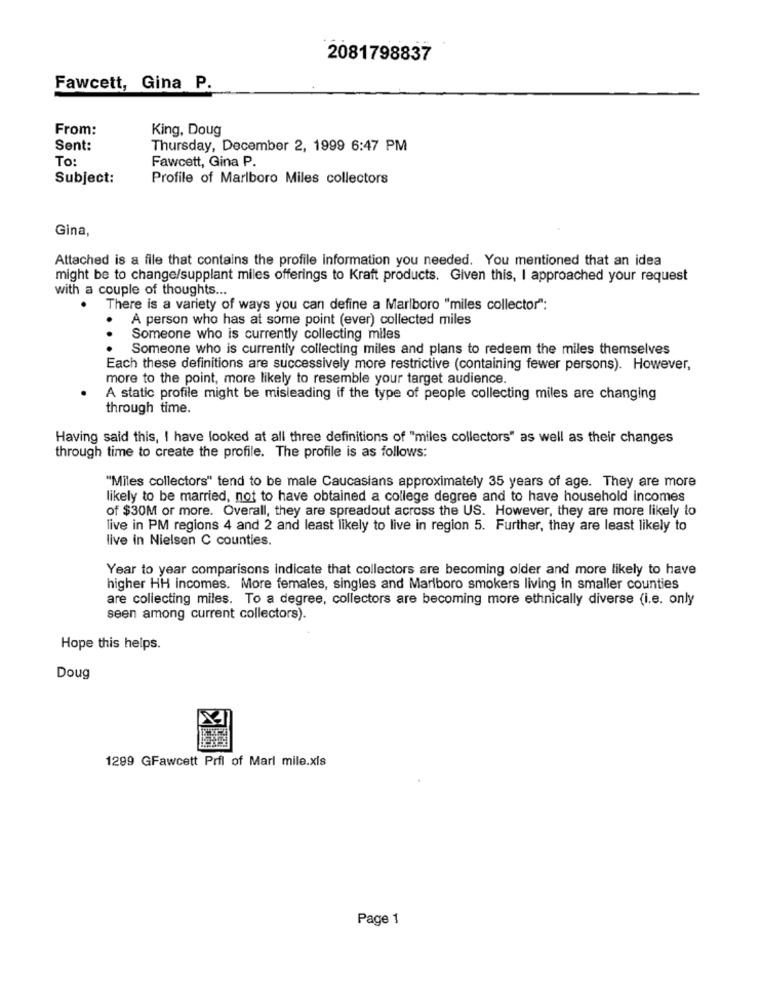
2081798837
Fawcett, Gina P.
From:
King, Doug
Sent:
Thursday, December 2, 1999 6:47 PM
To
Fawcett, Gina P.
Subject:
Profile of Marlboro Miles collectors
Gina,
Attached is a file that contains the profile information you needed. You mentioned that an idea
might be to change/supplant miles offerings to Kraft products. Given this, I approached your request
with a couple of thoughts ...
There is a variety of ways you can define a Marlboro "miles collector":
A person who has at some point (ever) collected miles
Someone who is currently collecting miles
...
Someone who is currently collecting miles and plans to redeem the miles themselves
Each these definitions are successively more restrictive (containing fewer persons). However,
more to the point, more likely to resemble your target audience.
A static profile might be misleading if the type of people collecting miles are changing
through time.
Having said this, I have looked at all three definitions of "miles collectors" as well as their changes
through time to create the profile. The profile is as follows:
"Miles collectors" tend to be male Caucasians approximately 35 years of age. They are more
likely to be married, not to have obtained a college degree and to have household incomes
of $30M or more. Overall, they are spreadout across the US. However, they are more likely to
live in PM regions 4 and 2 and least likely to live in region 5. Further, they are least likely to
live in Nielsen C counties.
Year to year comparisons indicate that collectors are becoming older and more likely to have
higher HH incomes. More females, singles and Marlboro smokers living in smaller counties
are collecting miles. To a degree, collectors are becoming more ethnically diverse (i.e. only
seen among current collectors).
Hope this helps.
Doug
1299 GFawcett Prfl of Marl mile.xls
Page 1